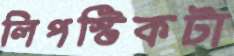
লিপস্টিকটা